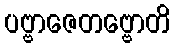
ပဗ္ဗာဇေတဗ္ဗောတိ